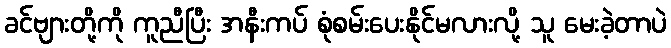
ခင်ဗျားတို့ကို ကူညီပြီး အနီးကပ် စုံစမ်းပေးနိုင်မလားလို့ သူ မေးခဲ့တာပဲ